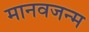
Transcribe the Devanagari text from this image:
मानवजन्म